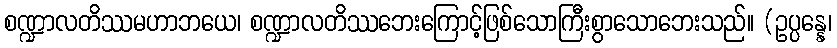
စဏ္ဍာလတိဿမဟာဘယေ၊ စဏ္ဍာလတိဿဘေးကြောင့်ဖြစ်သောကြီးစွာသောဘေးသည်။ (ဥပ္ပန္နေ၊